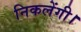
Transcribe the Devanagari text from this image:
निकलेंगी।